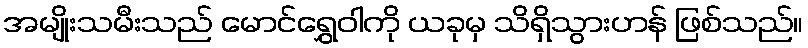
အမျိုးသမီးသည် မောင်ရွှေဝါကို ယခုမှ သိရှိသွားဟန် ဖြစ်သည်။